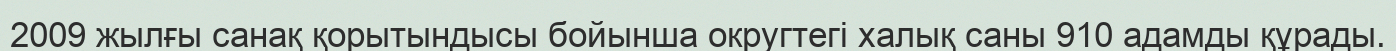
2009 жылғы санақ қорытындысы бойынша округтегі халық саны 910 адамды құрады.